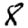
Digit: 8